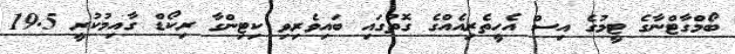
ބޯމްގާޓްނާގެ ޓީމުގެ އިސް އެހީތެރިއެއްގެ ގޮތުގައި ބައިވެރިވި ކިޓިންގާ ރިކޯޑް ގާއިމުކުރީ 19.5